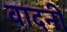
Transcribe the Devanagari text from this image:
वादनी